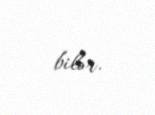
bilər.